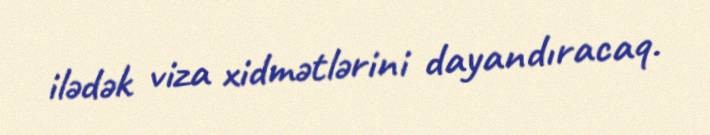
ilədək viza xidmətlərini dayandıracaq.